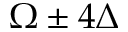
\Omega \pm 4 \Delta